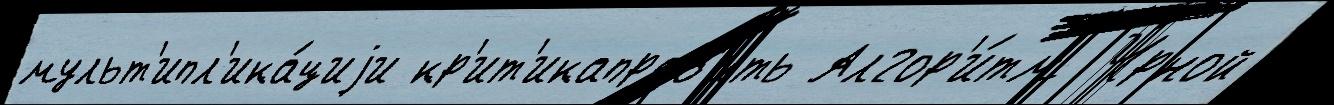
мульт'ипл'ика́циjи кр'ит'икаправ'ить Алгор'и́тм Ч́рной